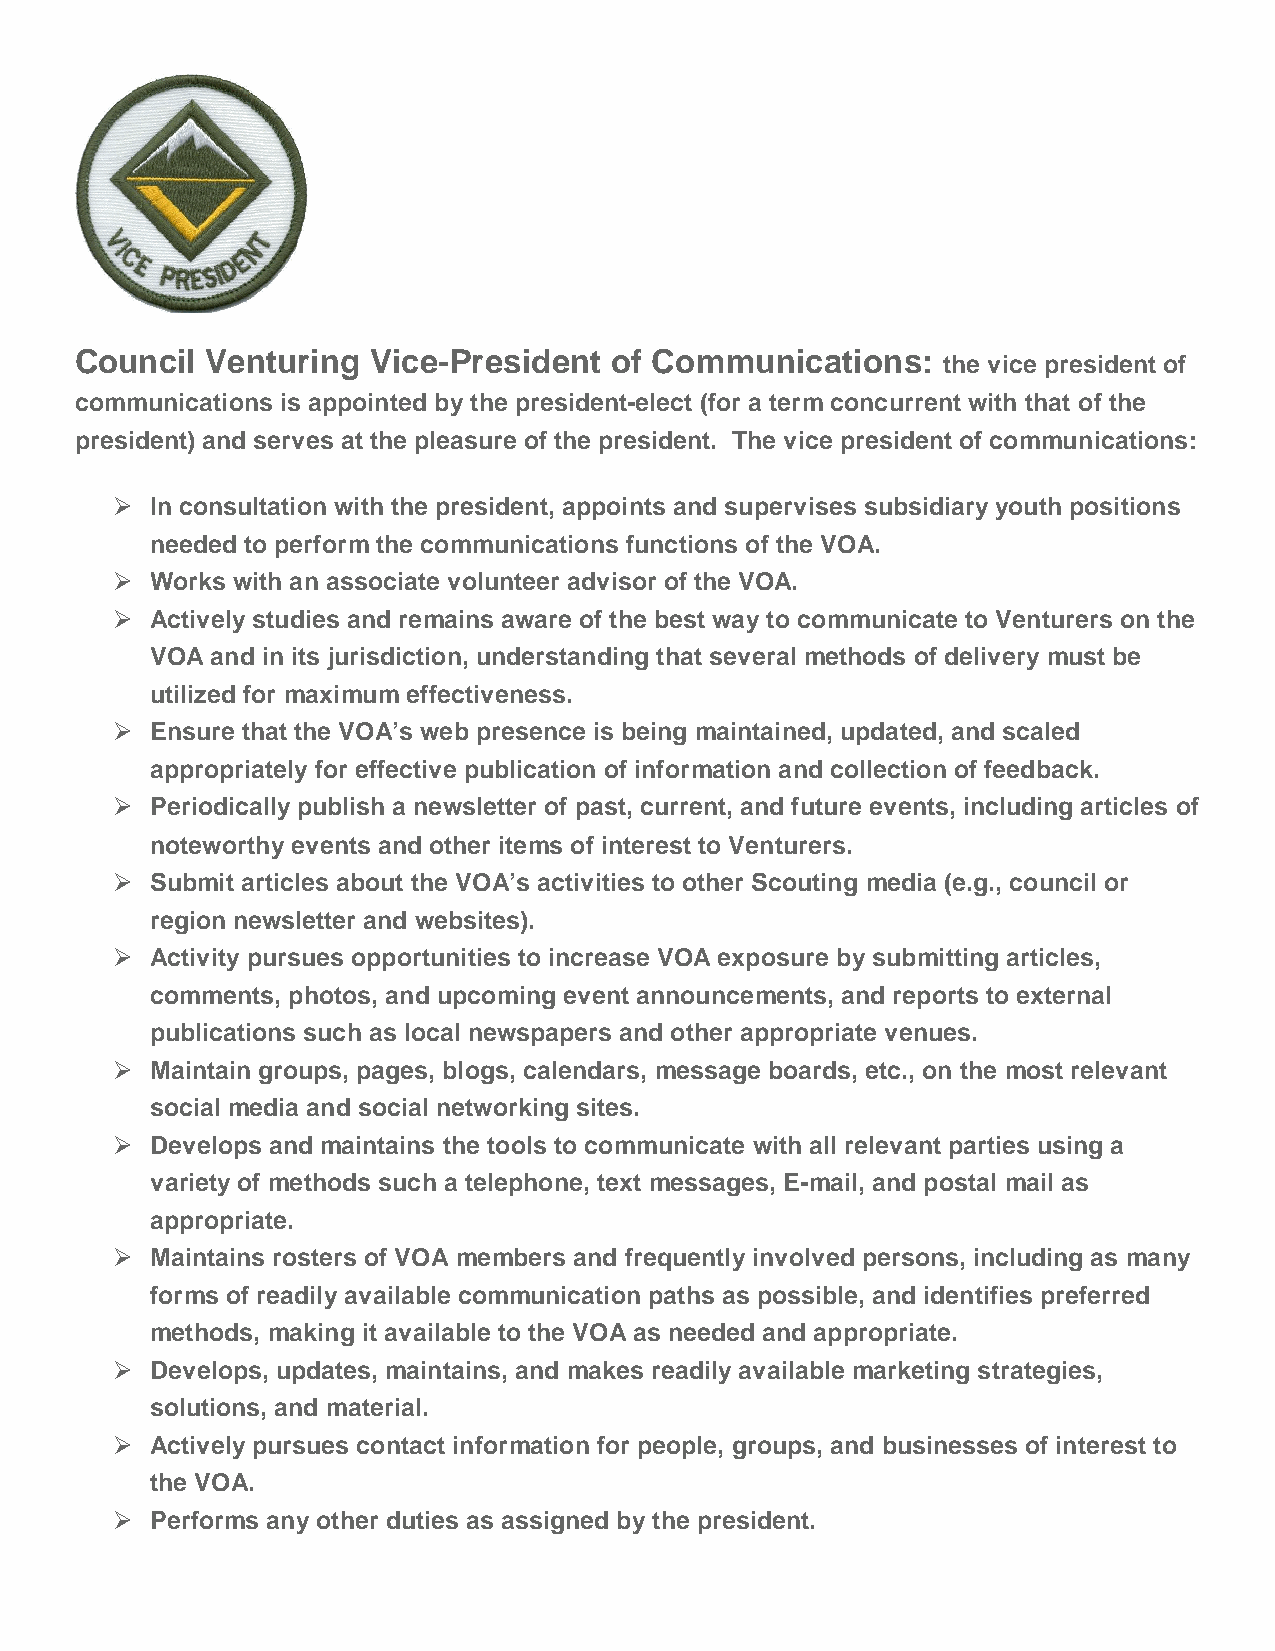
Council  Venturing  Vice-President of Communications:
 the vice president of
 communications is appointed bythe president-elect (for a termconcurrent with that of the
 president) and serves at the pleasure of the president. The vice president of communications:
   In consultation with the president, appoints and supervises subsidiaryyouth positions
 needed to performthe communications functions of the VOA.
   Works with an associate volunteer advisor of the VOA.
   Activelystudies and remains aware of the best wayto communicate to Venturers on the
 VOAand in its jurisdiction, understanding that several methods of delivery must be
 utilized for maximumeffectiveness.
   Ensure that the VOA’s web presence is being maintained, updated, and scaled
 appropriately for effective publication of information and collection of feedback.
   Periodicallypublish a newsletter of past, current, and future events, including articles of
 noteworthyevents and other items of interest to Venturers.
   Submit articles about the VOA’s activities to other Scouting media (e.g., council or
 region newsletter and websites).
   Activity pursues opportunities to increase VOAexposure bysubmitting articles,
 comments, photos, and upcoming event announcements, and reports to external
 publications such as local newspapers and other appropriate venues.
   Maintain groups, pages, blogs, calendars, message boards, etc., on the most relevant
 social media and social networking sites.
   Develops and maintains the tools to communicate with all relevant parties using a
 varietyof methods such a telephone, text messages, E-mail, and postal mail as
 appropriate.
   Maintains rosters of VOA members and frequentlyinvolved persons, including as many
 forms of readilyavailable communication paths as possible, and identifies preferred
 methods, making it available to the VOAas needed and appropriate.
   Develops, updates, maintains, and makes readilyavailable marketing strategies,
 solutions, and material.
   Activelypursues contact information for people, groups, and businesses of interest to
 the VOA.
   Performs anyother duties as assigned bythe president.